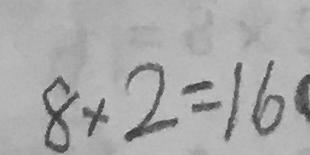
8 \times 2 = 1 6